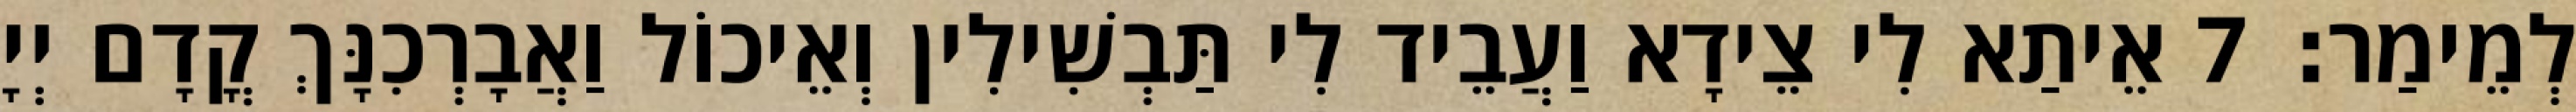
לְמֵימַר׃ 7 אֵיתַא לִי צֵידָא וַעֲבֵיד לִי תַּבְשִׁילִין וְאֵיכוֹל וַאֲבָרְכִנָּךְ קֳדָם יְיָ